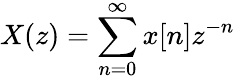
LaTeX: X(z)=\sum_{n=0}^{\infty}x[n]z^{-n}